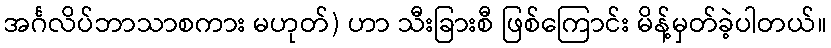
အင်္ဂလိပ်ဘာသာစကား မဟုတ်) ဟာ သီးခြားစီ ဖြစ်ကြောင်း မိန့်မှတ်ခဲ့ပါတယ်။